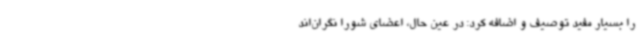
را بسیار مفید توصیف و اضافه کرد: در عین حال، اعضای شورا نگران‌اند